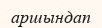
аршындап